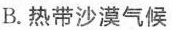
B.热带沙漠气候